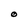
Character: O